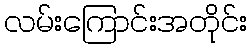
လမ်းကြောင်းအတိုင်း